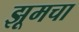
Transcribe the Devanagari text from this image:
झूमचा